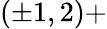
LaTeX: (\pm 1,2)+